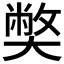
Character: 𡚁